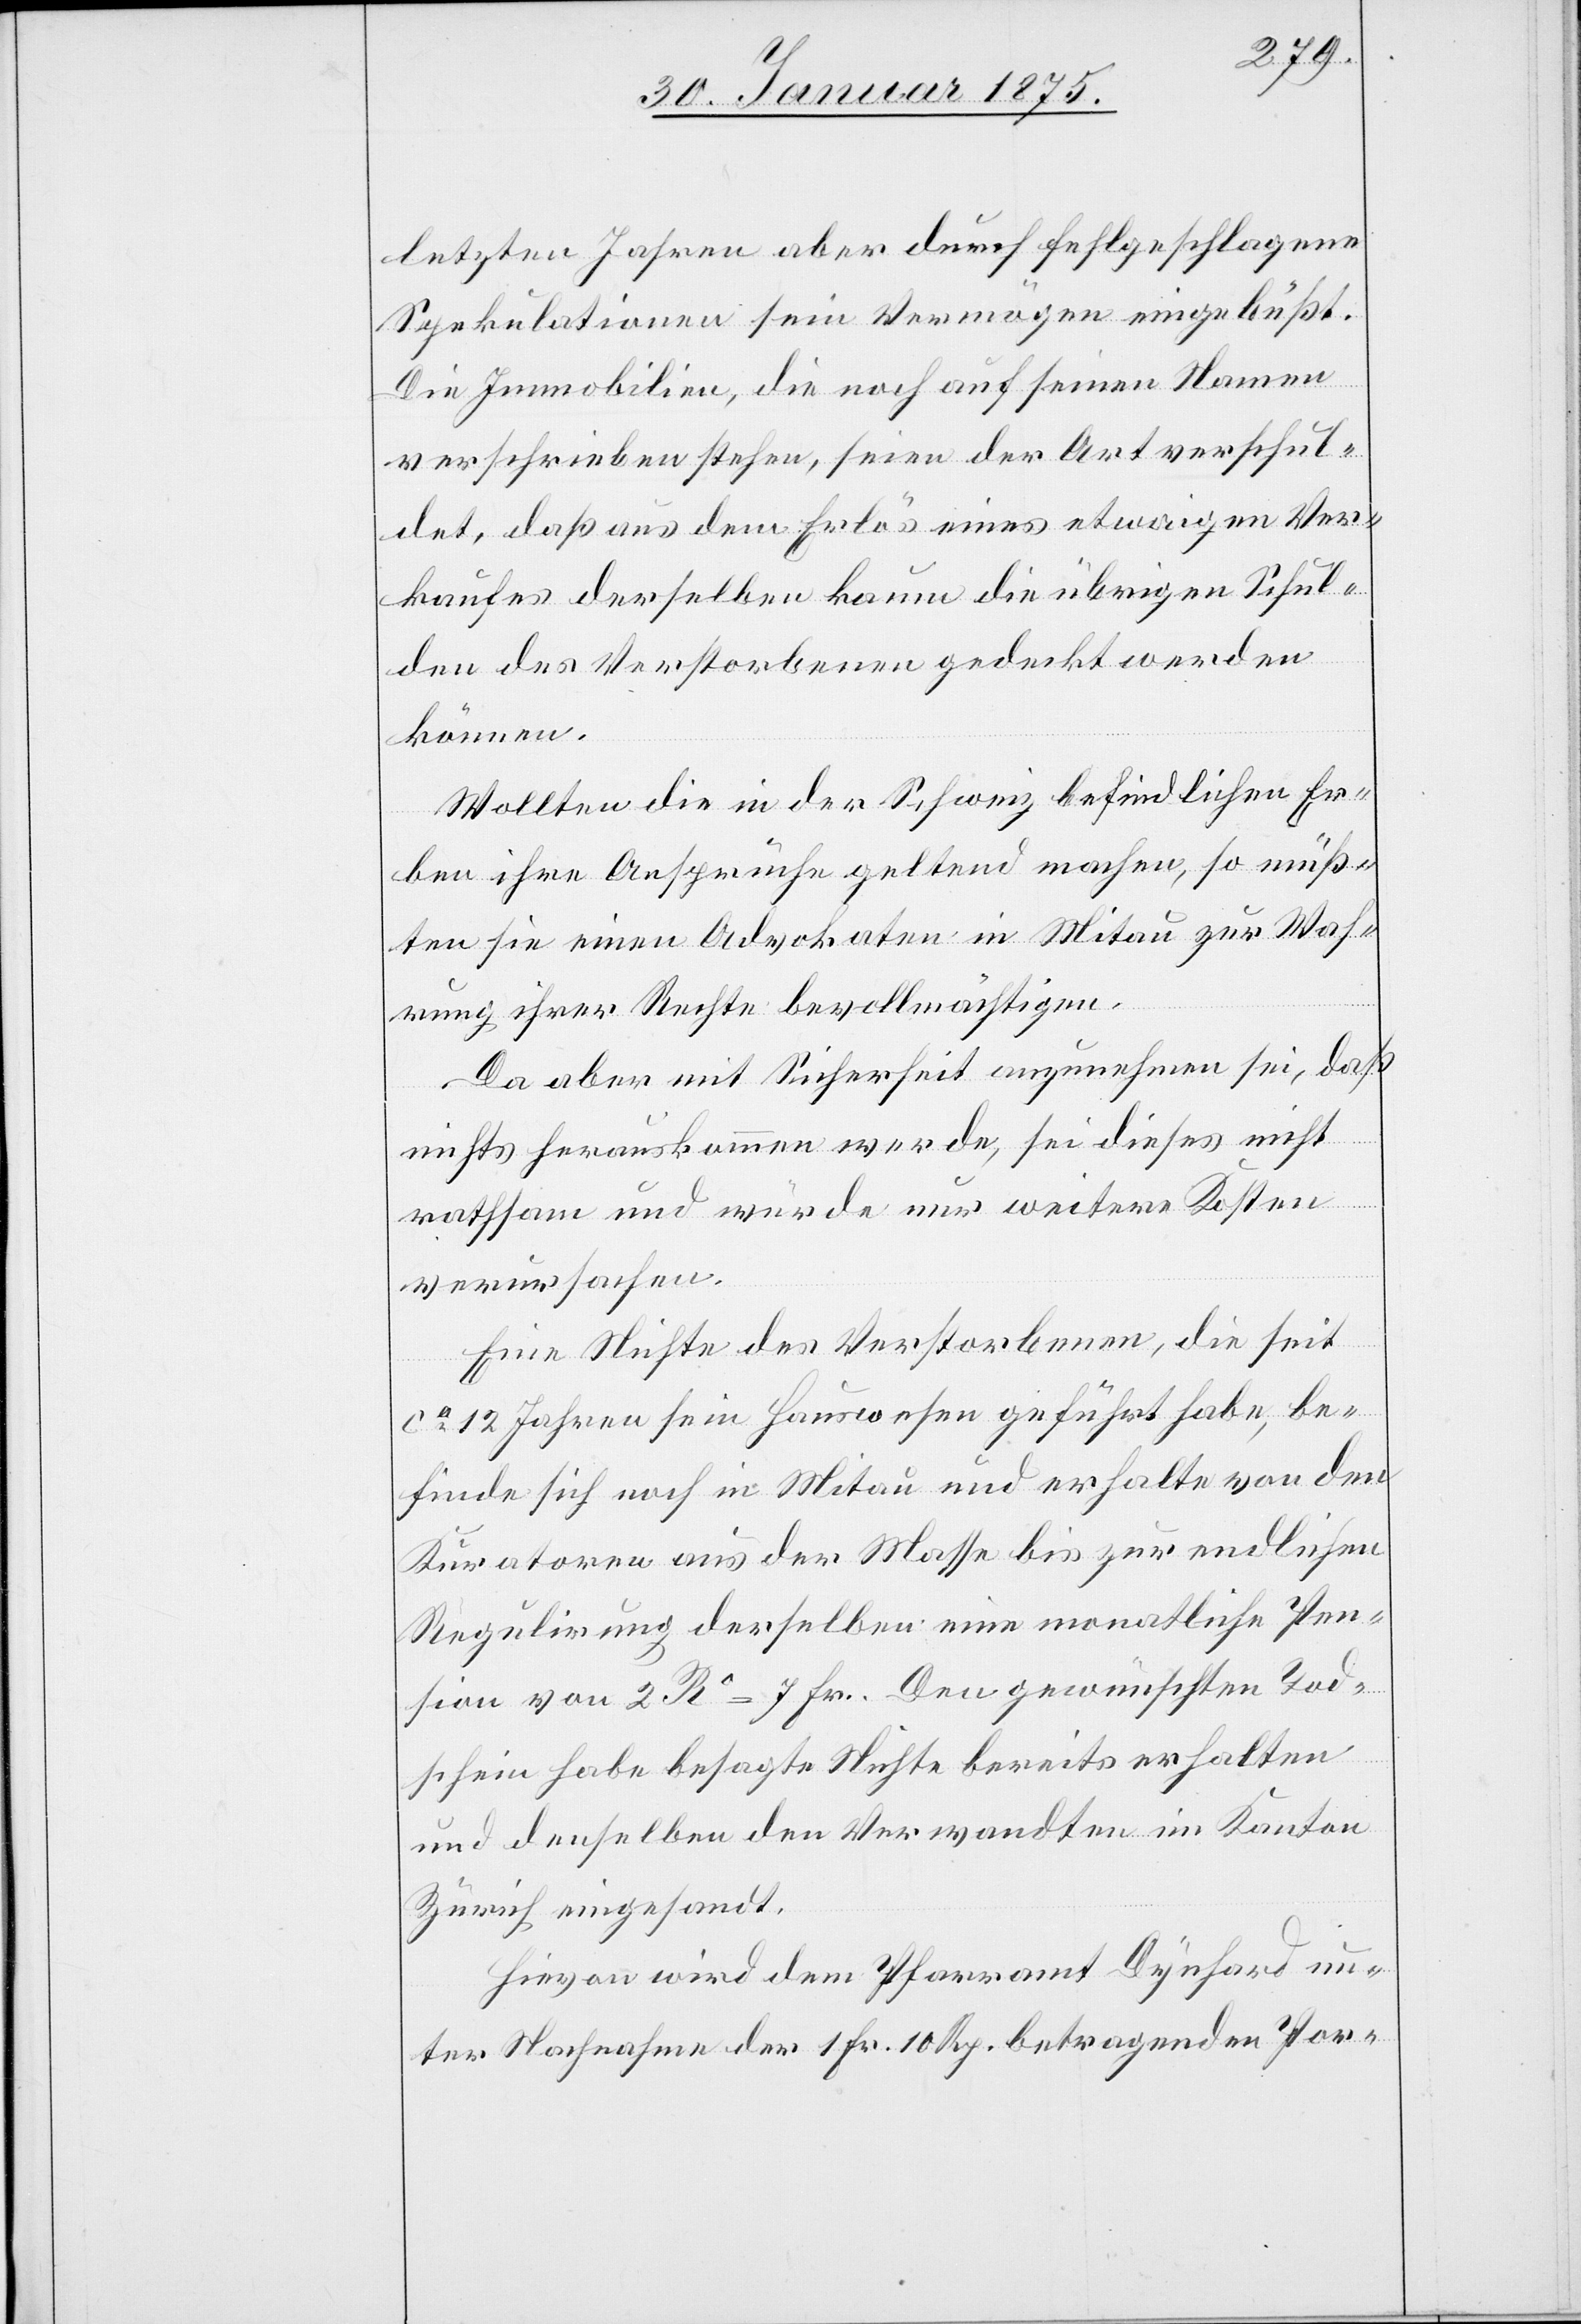
letzten Jahren aber durch fehlgeschlagene
Spekulationen sein Vermögen eingebüßt.
Die Immobilien, die noch auf seinen Namen
verschrieben stehen, seien der Art verschul¬
det, daß aus dem Erlös eines etwaigen Ver¬
kaufes derselben kaum die übrigen Schul¬
den des Verstorbenen gedeckt werden
können.
Wollten die in der Schweiz befindlichen Er¬
ben ihre Ansprüche geltend machen, so müß¬
ten sie einen Advokaten in Mitau zur Wah¬
rung ihrer Rechte bevollmächtigen.
Da aber mit Sicherheit anzunehmen sei, daß
nichts herauskommen werde, sei dieses nicht
rathsam und würde nur weitere Kosten
verursachen.
Eine Nichte des Verstorbenen, die seit
ca 12 Jahren sein Hauswesen geführt habe, be¬
finde sich noch in Mitau und erhalte von den
Kuratoren aus der Masse bis zur endlichen
Regulirung derselben eine monatliche Pen¬
sion von 2 Ro=7 Fr. Den gewünschten Tod¬
schein habe besagte Nichte bereits erhalten
und denselben den Verwandten im Kanton
Zürich eingesandt.
Hievon wird dem Pfarramt Dynhard un¬
ter Nachnahme der 1 Fr. 10 Rp. betragenden Por-